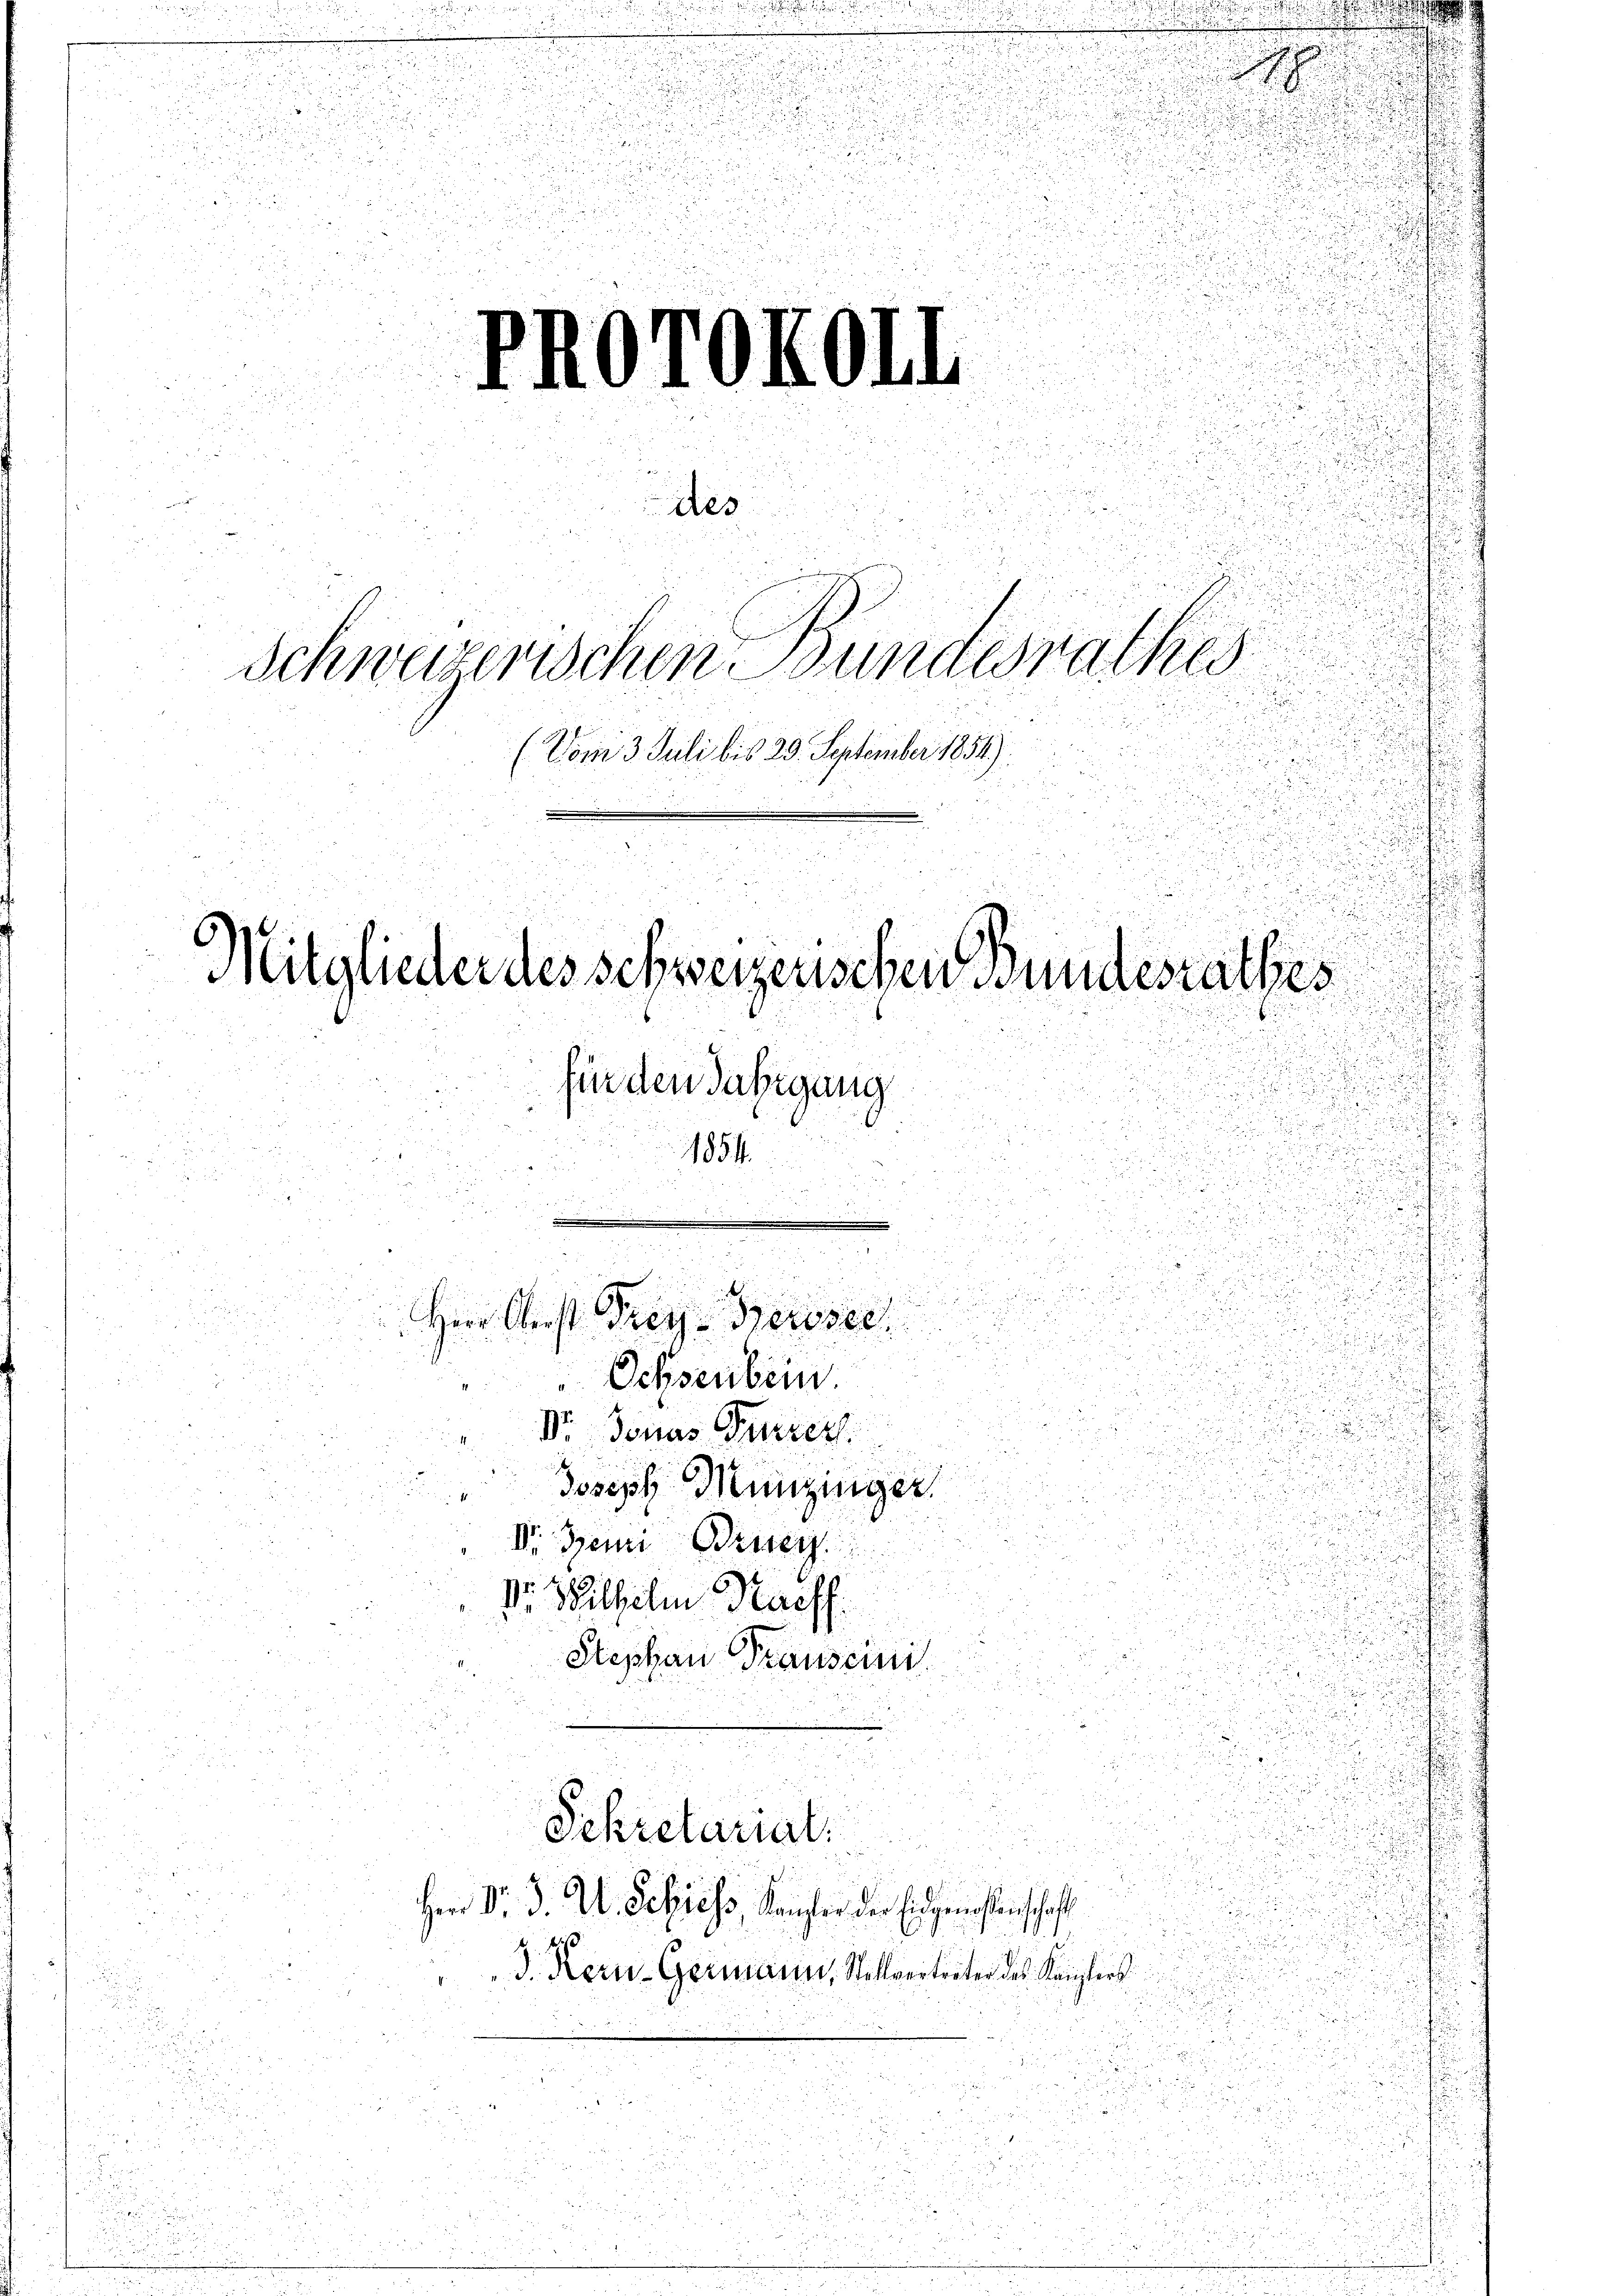
¬

.
.

u
5

t
Denn einer
din
(Vom 3. Juli bis 29. September 1854)
22

Mitglieder des schweizerischen Bundesrathes
i
für den Jahrgang
e
.
d
g

1854
 15 x

in

Herr Gerst sey diese
xx

Schreiben.

8
3

V. Jonas e
i
Joseph Munzinger

u
Dr. Gremietung
Dr. Wilhelm Nach
u
u
Stephan Grauseini

Setterat

Herr Dr. v. Der Schress, Kanzler der Eidgenoßenschaft
J. Kern-Germann, Stellvertreter des Kanzlers
f

2
i
u

a

des